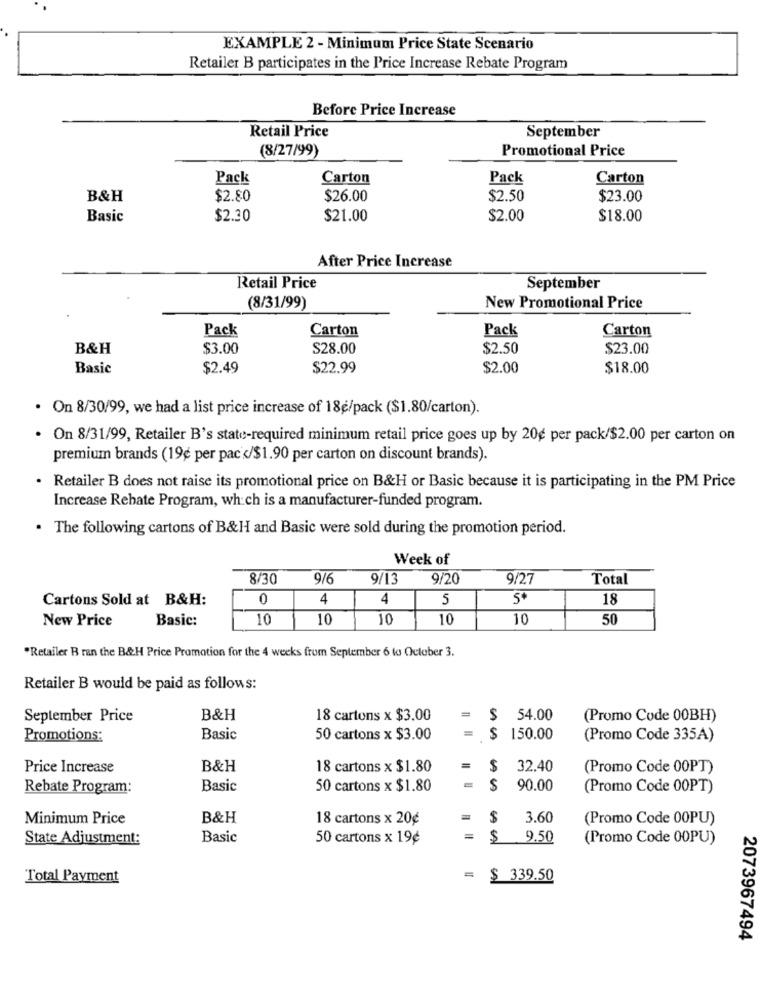
EXAMPLE 2 - Minimum Price State Scenario
Retailer B participates in the Price Increase Rebate Program
Before Price Increase
Retail Price
September
(8/27/99)
Promotional Price
Pack
Carton
Pack
Carton
B&H
$2.80
$26.00
$2.50
$23.00
Basic
$2.30
$21.00
$2.00
$18.00
After Price Increase
Retail Price
September
(8/31/99)
New Promotional Price
Pack
Carton
Pack
Carton
B&H
$3.00
S28.00
$2.50
$23.00
Basic
$2.49
$22.99
$2.00
$18.00
· On 8/30/99, we had a list price increase of 18g/pack ($1.80/carton).
· On 8/31/99, Retailer B's state-required minimum retail price goes up by 20g per pack/$2.00 per carton on
premium brands (19¢ per pac </$1.90 per carton on discount brands).
· Retailer B does not raise its promotional price on B&H or Basic because it is participating in the PM Price
Increase Rehate Program, which is a manufacturer-funded program.
. The following cartons of B&H and Basic were sold during the promotion period.
Week of
8/30
9/6
9/13
9/20
9/27
Total
Cartons Sold at B&H:
0
4
4
5
18
New Price
Basic:
10
10
10
10
10
50
"Retailer B ran the B&H Price Promotion for the 4 weeks from September 6 to October 3.
Retailer B would be paid as follows:
September Price
B&H
18 cartons x $3.00
=
$ 54.00
(Promo Code 00BH)
=
Promotions:
Basic
50 cartons x $3.00
$
150.00
(Promo Code 335A)
Price Increase
B&H
18 cartons x $1.80
$
32.40
(Promo Code 00PT)
Rebate Program:
Basic
50 cartons x $1.80
$
90.00
(Promo Code 00PT)
Minimum Price
B&H
18 cartons x 20¢
$
3.60
(Promo Code 00PU)
State Adjustment:
Basic
50 cartons x 19¢
=
$
9.50
(Promo Code 00PU)
Total Payment
$ 339.50
2073967494